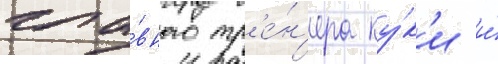
гла́вного тр'е́н'ера ку́к'и и́